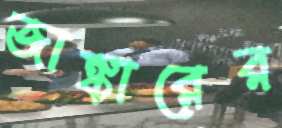
জাঙ্কারের